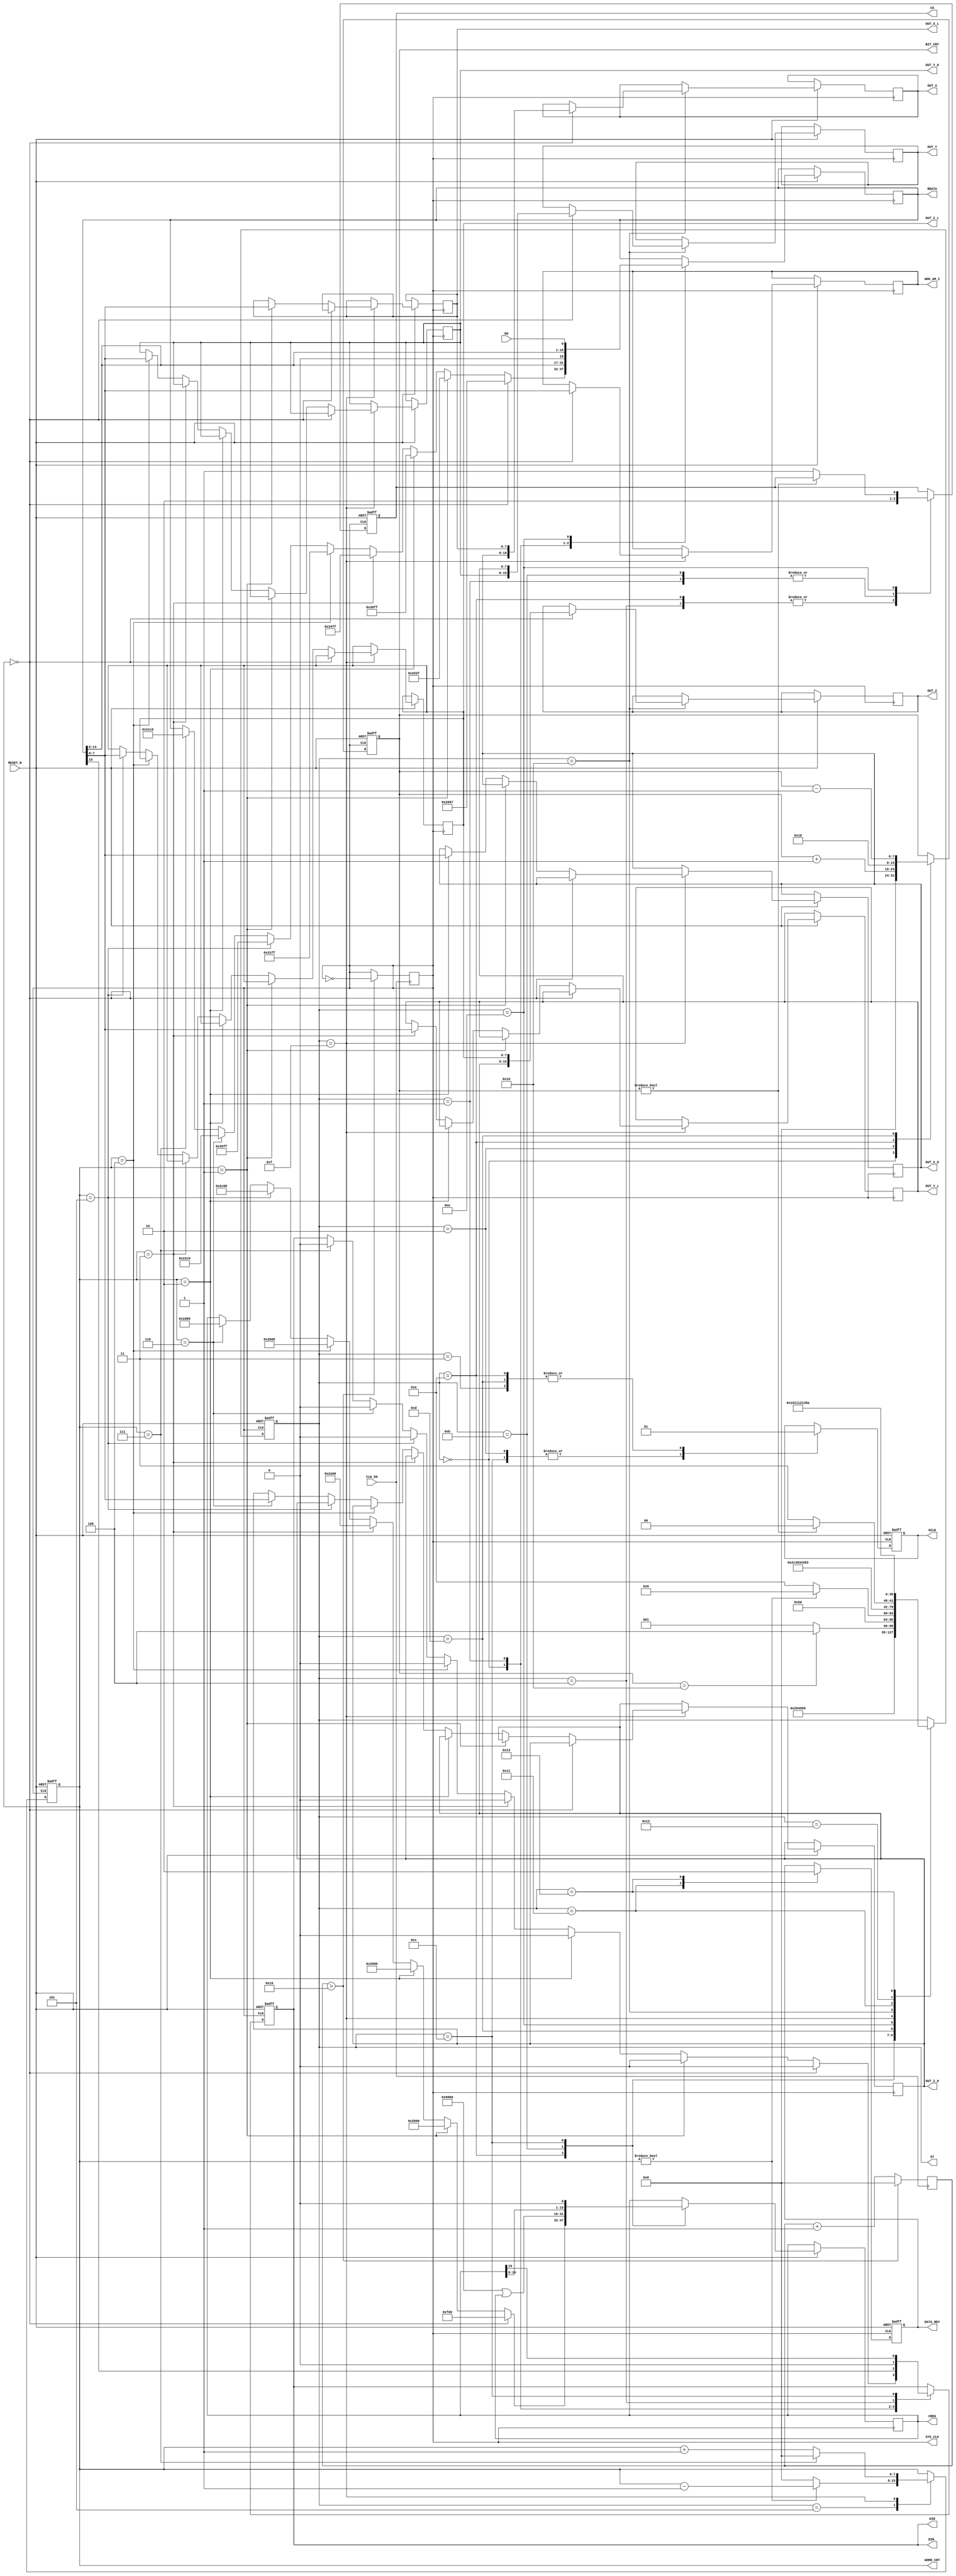
module  SPI_CTL (
 input         RESET_N , 
 input         CLK_50 , 
 output reg [15:0] OUT_X ,//twos complement left-justified.\
 output reg [15:0] OUT_Y ,//twos complement left-justified.\
 output reg [15:0] OUT_Z ,//twos complement left-justified.\
 output reg [7:0] WHO_AM_I ,
 output reg [7:0] OUT_X_L  ,
 output reg [7:0] OUT_X_H  ,
 output reg [7:0] OUT_Y_L  ,
 output reg [7:0] OUT_Y_H  ,
 output reg [7:0] OUT_Z_L  ,
 output reg [7:0] OUT_Z_H  ,
 
 output reg CS ,
 output reg SCLK,
 output reg DIN ,
 input      DO ,
 output reg DATA_RDY ,
 
 //--test--
 output reg SYS_CLK  ,  
 output reg [7:0]ST  ,
 output reg [7:0]BIT_CNT ,
 output reg [7:0]WORD_CNT ,
 output reg  [15:0] RDATA ,
 output reg  [15:0] CREG  , 
 output DIN_  
 );

 //--1MHZ  clock generator--
 reg [7:0] CC; 
  always @( posedge CLK_50 ) begin 
	if  ( CC > 25  ) begin 
	   SYS_CLK <=~SYS_CLK ;   
		CC <=0; 
	 end
	else  
	 CC <=CC+1 ;
 end	
 
 //--BYPASS
 assign  DIN_ = DIN ;  
 
 //--FSM--
 // --WRITE SETTING --   
 parameter CTRL_REG6   = 16'h253F;
 parameter CTRL_REG1   = 16'h2097;
 parameter INT1_CFG    = 16'h30ff;
 parameter INT2_CFG    = 16'h34ff;
 parameter INT1_SRC    = 16'h31ff;
 parameter INT2_SRC    = 16'h35ff;
 parameter CTRL_REG3   = 16'h22c0;
 parameter CTRL_REG2   = 16'h21c0 ;


// --READ POINTER --   
 parameter R_WHO_AM_I = 16'h0F00 ; 
 parameter R_OUT_X_L  = 16'h2800; 
 parameter R_OUT_X_H  = 16'h2900;
 parameter R_OUT_Y_L  = 16'h2A00; 
 parameter R_OUT_Y_H  = 16'h2B00;
 parameter R_OUT_Z_L  = 16'h2C00; 
 parameter R_OUT_Z_H  = 16'h2D00;

 
 always @( negedge RESET_N or posedge SYS_CLK ) begin 
 if ( !RESET_N) begin 
   ST    <=0;
	CS    <=1; 
	SCLK  <=1;  
	DIN   <=0 ;  	 
	BIT_CNT   <=0; 
   DATA_RDY  <=0; 
	WORD_CNT  <=7; 
  end
 else begin 
  case (ST)
  // --- WRITE ---- 
  0: begin 
           if ( WORD_CNT ==0 ) { DIN , RDATA[15:0] }   <=   {   1'b0  ,  CTRL_REG1   } ;
		else if ( WORD_CNT ==1 ) { DIN , RDATA[15:0] }   <=   {   1'b0  ,  CTRL_REG6   } ; 
		else if ( WORD_CNT ==2 ) { DIN , RDATA[15:0] }   <=   {   1'b0  ,  INT1_CFG  } ; 
		else if ( WORD_CNT ==3 ) { DIN , RDATA[15:0] }   <=   {   1'b0  ,  INT2_CFG  } ; 		
		else if ( WORD_CNT ==4 ) { DIN , RDATA[15:0] }   <=   {   1'b0  ,  INT1_SRC  } ; 		
		else if ( WORD_CNT ==5 ) { DIN , RDATA[15:0] }   <=   {   1'b0  ,  INT2_SRC  } ; 	
		else if ( WORD_CNT ==6 ) { DIN , RDATA[15:0] }   <=   {   1'b0  ,  CTRL_REG3 } ; 
		else if ( WORD_CNT ==7 ) { DIN , RDATA[15:0] }   <=   {   1'b0  ,  CTRL_REG2 } ;
		
		
	  	BIT_CNT   <=0; 
      ST<=1 ;  
  end
  1: begin 
     { DIN , RDATA[15:0] }   <= { RDATA[15:0] ,1'b0 } ;	  
	  CS  <=0; 
	  ST<= 2; 
  end
  2: begin 
     SCLK  <=0;	  
	  BIT_CNT   <=BIT_CNT+1; 
	  ST<= 3; 
   end
  3: begin 
     SCLK  <=1;	  
	  if  ( BIT_CNT==16) begin 
	       ST<=4  ;  
		 end 
	  else  ST<=1 ;  
  end
  4: begin 
     ST  <=5 ;  	
	  CS  <=1; 
	  DIN <=0 ;
  end  
  5: begin 
     if (  WORD_CNT !=0   ) begin  
	      WORD_CNT <=  WORD_CNT -1  ; 
			ST       <= 0 ;
     end
     else begin 	  			
        ST <=10 ; 
	     WORD_CNT <= 0  ; 
	  end
  end  
  
   // ----- READ ------
	
10:begin 
       ST  <=11;
		 CS  <= 1; 
		 SCLK  <=1;
		 BIT_CNT   <=16;  
		 
        if ( WORD_CNT == 0 ) begin  CREG   <=  R_WHO_AM_I ;  end	 
  else  if ( WORD_CNT == 1 ) begin  CREG   <=  R_OUT_X_L  ;  end 
  else  if ( WORD_CNT == 2 ) begin  CREG   <=  R_OUT_X_H  ;  end   
  else  if ( WORD_CNT == 3 ) begin  CREG   <=  R_OUT_Y_L ;   end 
  else  if ( WORD_CNT == 4 ) begin  CREG   <=  R_OUT_Y_H ;   end 
  else  if ( WORD_CNT == 5 ) begin  CREG   <=  R_OUT_Z_L ;   end 
  else  if ( WORD_CNT == 6 ) begin  CREG   <=  R_OUT_Z_H ;   end 
   
  end 
11:begin 
       CREG   <=  16'h8000 | CREG  ;
       CS     <=0; 
       ST     <=12;
  end 
12:begin 
       SCLK  <=0;
       { DIN ,CREG[15:0]} <= {CREG[15:0], 1'b0} ;
       ST<=13;
  end 
13:begin 
      SCLK  <=1;
      BIT_CNT   <=BIT_CNT-1;
      ST    <=14;
  end 
14:begin 
      RDATA[15:0] <= {RDATA[14:0], DO} ;       
      if ( BIT_CNT!=0) ST<=12 ; 
      else begin 
		   ST<=15 ; CS  <=1; 
		end	
  end 
15:begin 
        ST<=16 ; 
	     if  ( WORD_CNT == 7 )    WORD_CNT  <= 0;
	     else  WORD_CNT  <=WORD_CNT + 1 ;	
            if ( WORD_CNT ==0 ) WHO_AM_I <= RDATA[7:0] ;       
		 else  if ( WORD_CNT ==1 ) OUT_X_L  <= RDATA[7:0] ;       
		 else  if ( WORD_CNT ==2 ) OUT_X_H  <= RDATA[7:0] ;       
		 else  if ( WORD_CNT ==3 ) OUT_Y_L  <= RDATA[7:0] ;       
		 else  if ( WORD_CNT ==4 ) OUT_Y_H  <= RDATA[7:0] ;    
		 else  if ( WORD_CNT ==5 ) OUT_Z_L  <= RDATA[7:0] ;       
		 else  if ( WORD_CNT ==6 ) OUT_Z_H  <= RDATA[7:0] ;    		
  end 
16:begin 
        ST<=17 ; 
	     if ( WORD_CNT == 0 )   begin 
		     OUT_X <= { OUT_X_H[7:0] ,OUT_X_L[7:0] } ;
			  OUT_Y <= { OUT_Y_H[7:0] ,OUT_Y_L[7:0] } ;
			  OUT_Z <= { OUT_Z_H[7:0] ,OUT_Z_L[7:0] } ;
			 end  
	 end
17:begin 
        ST<=18 ; 
	     DATA_RDY <=1 ; 
	 end
18:begin 
        ST<=19 ; 
	 end
19:begin 
        ST<=10; 
	     DATA_RDY <=0 ; 
	end
  endcase 
  end
 end

 endmodule